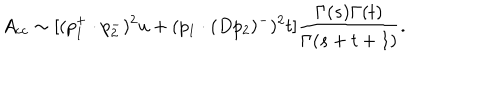
LaTeX: A _ { c c } \sim [ ( p _ { 1 } ^ { + } \cdot p _ { 2 } ^ { - } ) ^ { 2 } u + ( p _ { 1 } \cdot ( D p _ { 2 } ) ^ { - } ) ^ { 2 } t ] \frac { \Gamma ( s ) \Gamma ( t ) } { \Gamma ( s + t + 1 ) } .